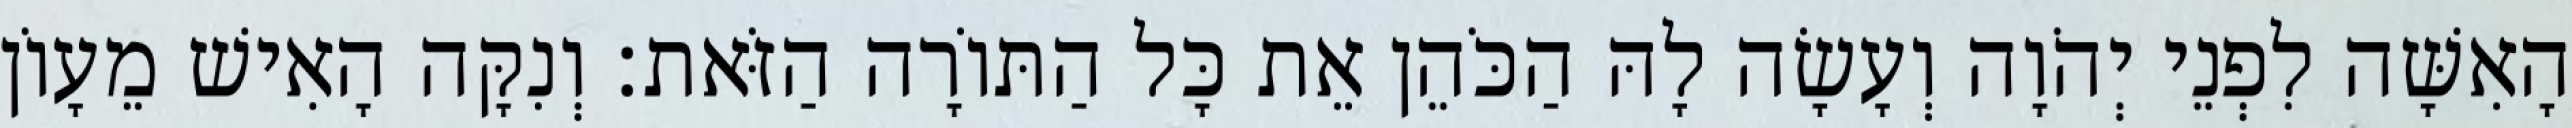
הָאִשָּׁה לִפְנֵי יְהֹוָה וְעָשָׂה לָהּ הַכֹּהֵן אֵת כָּל הַתּוֹרָה הַזֹּאת׃ וְנִקָּה הָאִישׁ מֵעָוֹן